Vaccine operations Central Provinces 1886-1899 - 1886-1899
Year: 1886
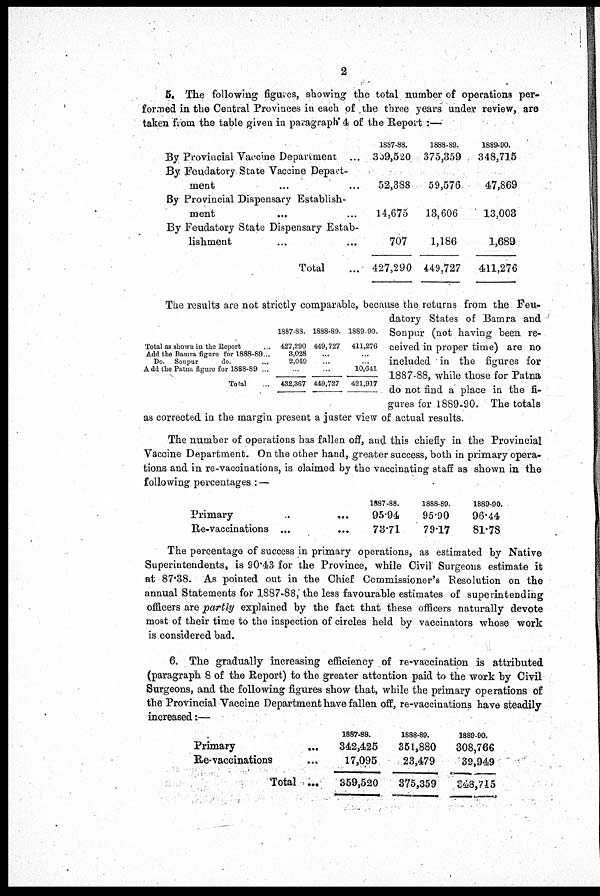
2
5. The following figures, showing the total number of operations per-
formed in the Central Provinces in each of the three years under review, are
taken from the table given in paragraph 4 of the Report :—
By Provincial Vaccine Department ...
By Feudatory State Vaccine Depart-
ment ... ...
By Provincial Dispensary Establish-
ment ... ...
By Feudatory State Dispensary Estab-
lishment ... ...
Total ...
1887-88.
359,520
52,388
14,675
707
427,290
1888-89.
375,359
59,576
13,606
1,186
449,727
1889-90.
348,715
47,869
13,003
1,689
411,276
Total as shown in the Report ..
Add the Bamra figure for 1888-89...
Do. Sonpur
do. ...
Add the Patna figure for 1888-89 ...
Total ...
1887-88.
427,290
3,028
2,049
...
432,367
1888-89.
449,727
...
...
...
449,727
1889-90.
411,276
...
...
10,641
421,917
The results are not strictly comparable, because the returns from the Feu-
datory States of Bamra and
Sonpur (not having been re-
ceived in proper time) are no
included in the figures for
1887-88, while those for Patna
do not find a place in the fi-
gures for 1889-90. The totals
as corrected in the margin present a juster view of actual results.
The number of operations has fallen off, and this chiefly in the Provincial
Vaccine Department. On the other hand, greater success, both in primary opera-
tions and in re-vaccinations, is claimed by the vaccinating staff as shown in the
following percentages : —
Primary ... ...
Re-vaccinations ... ...
1887-88.
95.94
73.71
1888-89.
95.90
79.17
1889-90.
96.44
81.78
The percentage of success in primary operations, as estimated by Native
Superintendents, is 90.43 for the Province, while Civil Surgeons estimate it
at 87.38. As pointed out in the Chief Commissioner's Resolution on the
annual Statements for 1887-88, the less favourable estimates of superintending
officers are partly explained by the fact that these officers naturally devote
most of their time to the inspection of circles held by vaccinators whose work
is considered bad.
6. The gradually increasing efficiency of re-vaccination is attributed
(paragraph 8 of the Report) to the greater attention paid to the work by Civil
Surgeons, and the following figures show that, while the primary operations of
the Provincial Vaccine Department have fallen off, re-vaccinations have steadily
increased:—
Primary ...
Re-vaccinations ...
Total ...
1887-88.
342,425
17,095
359,520
1888-89.
351,880
23,479
375,359
1889-90.
308,766
39,949
348,745